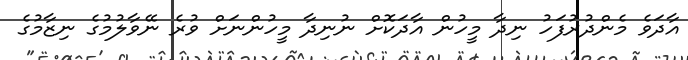
އާދަވެ މެންދުރުފަހު ނިދާ މީހުން އާދަކޮށް ނުނިދާ މީހުންނަށް ވުރެ ނޭވާލުމުގެ ނިޒާމުގެ